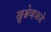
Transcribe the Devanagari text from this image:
ख्रुश्चेव्हकडे